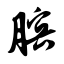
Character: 膑